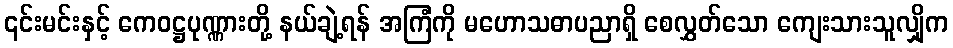
၎င်းမင်းနှင့် ကေဝဋ္ဌပုဏ္ဏားတို့ နယ်ချဲ့ရန် အကြံကို မဟောသဓာပညာရှိ စေလွှတ်သော ကျေးသားသူလျှိုက